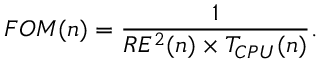
F O M ( n ) = \frac { 1 } { R E ^ { 2 } ( n ) \times T _ { C P U } ( n ) } .